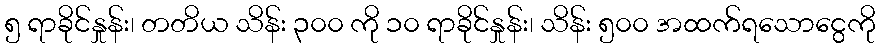
၅ ရာခိုင်နှုန်း၊ တတိယ သိန်း ၃၀၀ ကို ၁၀ ရာခိုင်နှုန်း၊ သိန်း ၅၀၀ အထက်ရသောငွေကို